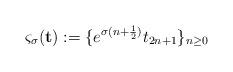
LaTeX: \begin{align*}\varsigma_\sigma({\bf t}):=\{e^{\sigma(n+\frac{1}{2})}t_{2n+1}\}_{n\geq 0}\end{align*}